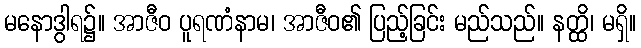
မနောဒွါရ၌။ အာဇီဝ ပူရဏံနာမ၊ အာဇီဝ၏ ပြည့်ခြင်း မည်သည်။ နတ္ထိ၊ မရှိ။